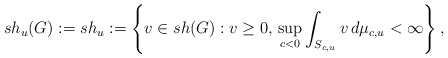
\begin{align*}\mathnormal{sh}_u(G):=\mathnormal{sh}_u:=\left\{v\in sh(G):v\geq0,\,\sup _{c<0}\int_{S_{c,u}}v\,d\mu _{c,u}<\infty\right\},\end{align*}